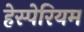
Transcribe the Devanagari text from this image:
हेस्पेरियम